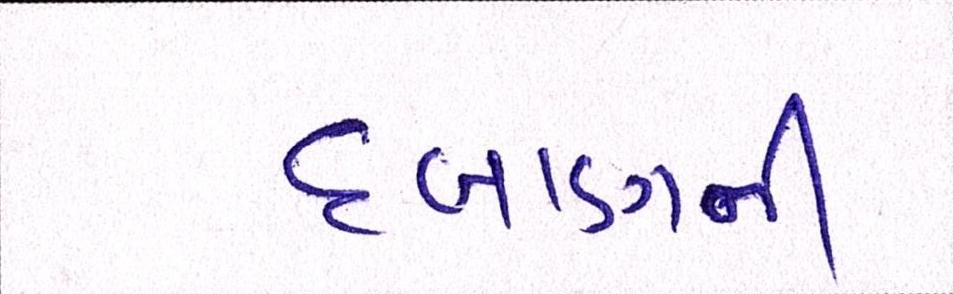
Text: દબાણની